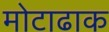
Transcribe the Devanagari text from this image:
मोटाढाक